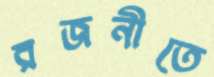
রজনীতে